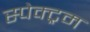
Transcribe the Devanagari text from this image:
स्पेक्‍ट्रम